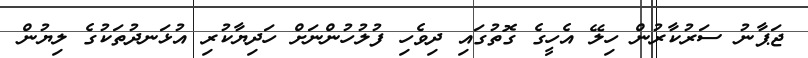
ޖަޕާނު ސަރުކާރުން ހިލޭ އެހީގެ ގޮތުގައި ދިވެހި ފުލުހުންނަށް ހަދިޔާކުރި އުޅަނދުތަކުގެ ލިޔުން